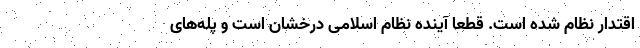
اقتدار نظام شده ‌است. قطعا آینده نظام اسلامی درخشان است و پله‌های